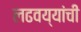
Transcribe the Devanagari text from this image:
लढवय्यांची